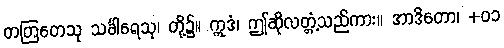
တတြတေသု သင်္ခါရေသု၊ တို့၌။ ဣဒံ၊ ဤဆိုလတ္တံ့သည်ကား။ အာဒိတော၊ +၀၁